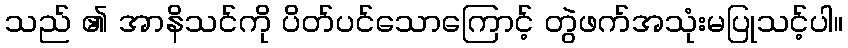
သည် ၏ အာနိသင်ကို ပိတ်ပင်သောကြောင့် တွဲဖက်အသုံးမပြုသင့်ပါ။